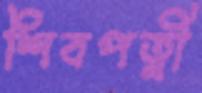
শিবপত্নী